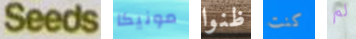
Seeds مونيكا ظنوا كنت لم